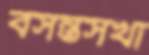
বসন্তসখা